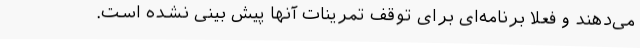
می‌دهند و فعلا برنامه‌ای برای توقف تمرینات آنها پیش بینی نشده است.